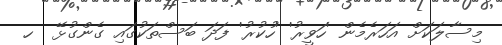
މިސާލަކަށް އަހަރެމެން 'ހަވީރު' 'ހުކުރު' ފަދަ ބަސްތަކުގައި ގެންގުޅޭ  ހ